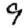
Digit: 9